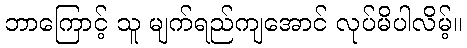
ဘာကြောင့် သူ မျက်ရည်ကျအောင် လုပ်မိပါလိမ့်။